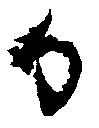
か